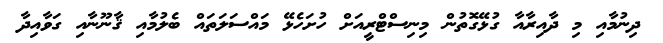
ދިނުމާއި މި ދާއިރާއާ ގުޅޭގޮތުން މިނިސްޓްރީއަށް ހުށަހެޅޭ މައްސަލަތައް ބެލުމާއި ޤާނޫނާއި ގަވާއިދާ